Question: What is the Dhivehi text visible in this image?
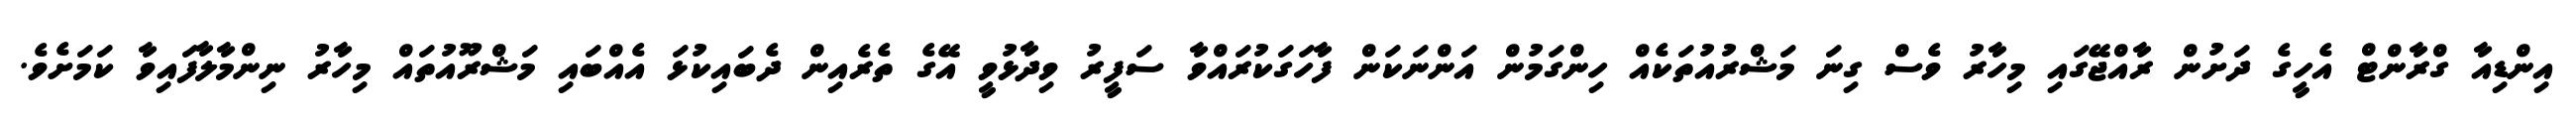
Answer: އިންޑިއާ ގްރާންޓް އެހީގެ ދަށުން ރާއްޖޭގައި މިހާރު ވެސް ގިނަ މަޝްރުއުތަކެއް ހިންގަމުން އަންނަކަން ފާހަގަކުރައްވާ ސަފީރު ވިދާޅުވީ އޭގެ ތެރެއިން ދެބައިކުޅަ އެއްބައި މަޝްރޫއުތައް މިހާރު ނިންމާލާފައިވާ ކަމަށެވެ.